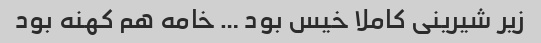
زیر شیرینی کاملا خیس بود … خامه هم کهنه بود